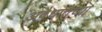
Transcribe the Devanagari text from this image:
अवैधातेच्या